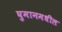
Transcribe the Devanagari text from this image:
घुमानमधील